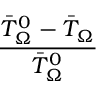
\frac { \bar { T } _ { \Omega } ^ { 0 } - \bar { T } _ { \Omega } } { \bar { T } _ { \Omega } ^ { 0 } }